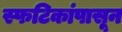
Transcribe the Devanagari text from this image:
स्फटिकांपासून